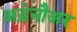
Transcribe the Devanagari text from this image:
अड़ेनौअर